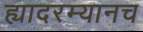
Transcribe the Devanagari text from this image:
ह्यादरम्यानच